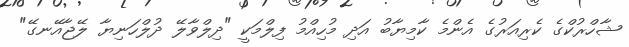
ޝާހްރުކްގެ ކެރިއަރުގެ އެންމެ ކާމިޔާބު އަދި މުހިއްމު ފިލްމަކީ "ދިލްވާލޭ ދުލްހަނިޔާ ލޭޖާއޭނގޭ"